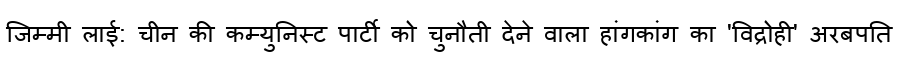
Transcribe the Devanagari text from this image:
जिम्मी लाई: चीन की कम्युनिस्ट पार्टी को चुनौती देने वाला हांगकांग का 'विद्रोही' अरबपति